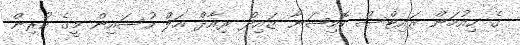
ގެ ހިއުމަން ރައިޓްސް ކޮމިޝަނާ ޒައިދް ރިއާދް އަލް ހުސައިން މީގެ ކުރިން